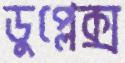
ডুপ্লেক্স